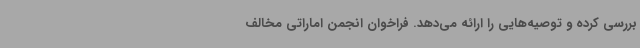
بررسی کرده و توصیه‌هایی را ارائه می‌دهد. فراخوان انجمن اماراتی مخالف